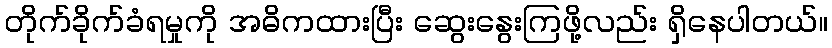
တိုက်ခိုက်ခံရမှုကို အဓိကထားပြီး ဆွေးနွေးကြဖို့လည်း ရှိနေပါတယ်။